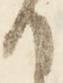
て